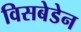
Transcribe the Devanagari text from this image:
विसबेडेन